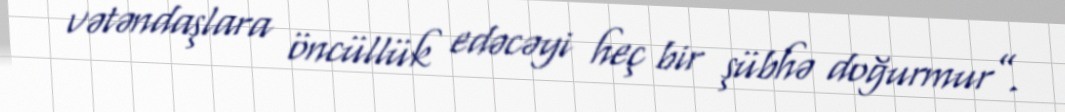
vətəndaşlara öncüllük edəcəyi heç bir şübhə doğurmur”.